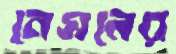
নেসলের